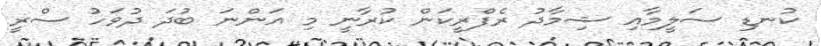
ކުނޑި ސަލީމާއި ޝިމާދު ރެފްރީކަން ކުރާނީ މި އަންނަ ބުދަ ދުވަހު ސްރީ